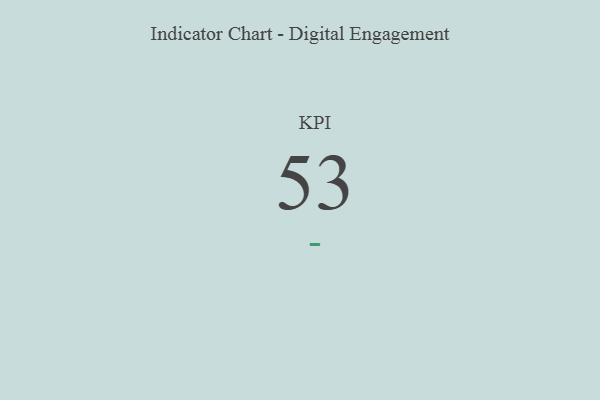
{"axis": {"x": "KPI", "y": "Value"}, "legend": [""], "data": [{"x": "KPI", "y": 53, "type": ""}]}